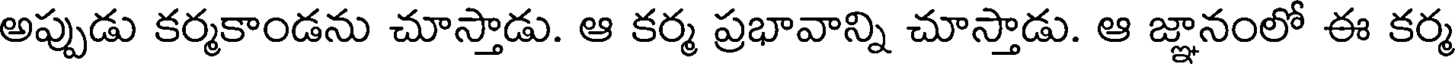
అప్పుడు కర్మకాండను చూస్తాడు. ఆ కర్మ ప్రభావాన్ని చూస్తాడు. ఆ జ్ఞానంలో ఈ కర్మ